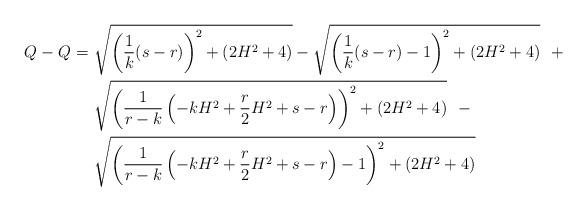
LaTeX: \begin{align*}Q_{} -Q_{} = \ & \sqrt{\left( \frac{1}{k}(s-r) \right)^2+ (2H^2+4) } - \sqrt{\left(\frac{1}{k}(s-r) -1 \right)^2 + (2H^2+4) }\ \ + \\& \sqrt{\left(\frac{1}{r-k}\left(-kH^2 + \frac{r}{2}H^2+s-r\right) \right)^2+ (2H^2+4) }\ \ -\\& \sqrt{\left(\frac{1}{r-k}\left(-kH^2 + \frac{r}{2}H^2+s-r\right) -1\right)^2+ (2H^2+4) } \end{align*}